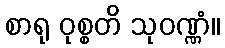
စာရု ဝုစ္စတိ သုဝဏ္ဏံ။